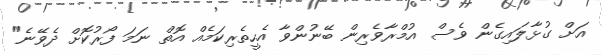
އަށް ގުޅާލައިގެން ވެސް އުމްރާވެރިން ބޭނުންވާ އެހީތެރިކަމެއް އޮތް ނަމަ ފޯރުކޮށް ދެވޭނެ"